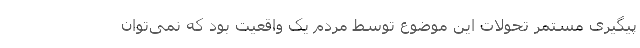
پیگیری مستمر تحولات این موضوع توسط مردم یک واقعیت بود که نمی‌توان